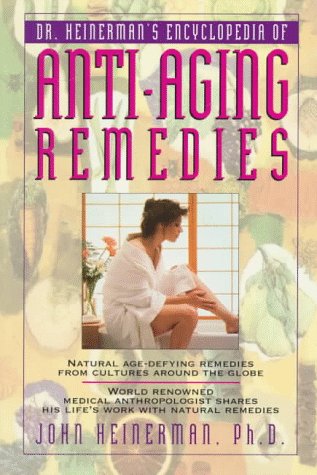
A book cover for DR HEINERMANS ENCYC ANTI AGING REMEDIES; John Heinerman; Health, Fitness & Dieting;